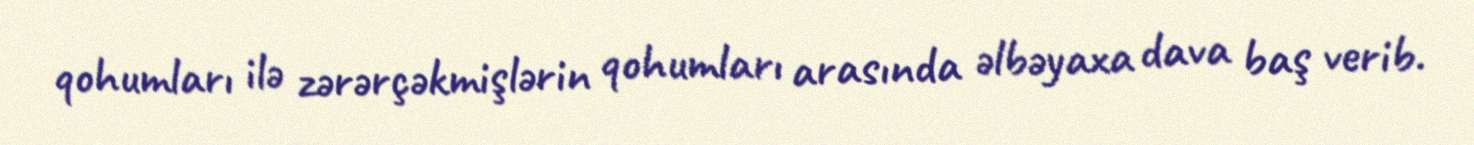
qohumları ilə zərərçəkmişlərin qohumları arasında əlbəyaxa dava baş verib.